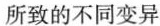
所致的不同变异